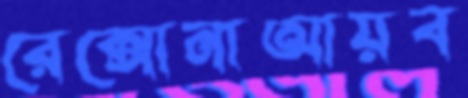
রেক্সোনাআয়ব